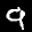
Label: 9